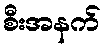
စီးအနက်